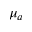
\mu _ { a }